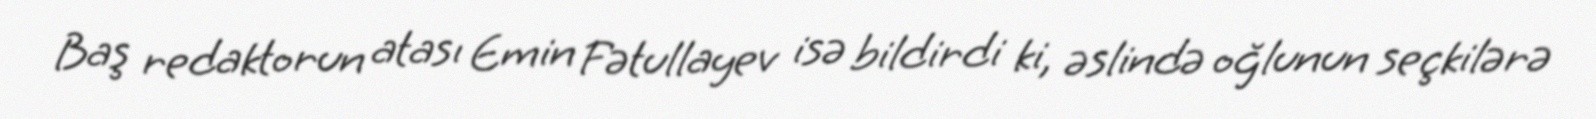
Baş redaktorun atası Emin Fətullayev isə bildirdi ki, əslində oğlunun seçkilərə